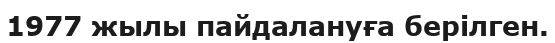
1977 жылы пайдалануға берілген.